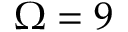
\Omega = 9